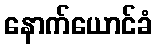
နောက်ယောင်ခံ